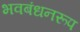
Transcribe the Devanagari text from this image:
भवबंधनरूप